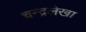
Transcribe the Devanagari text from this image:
चन्द्रलेखा